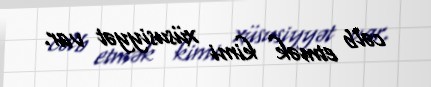
cəlb etmək kimi xüsusiyyət var.